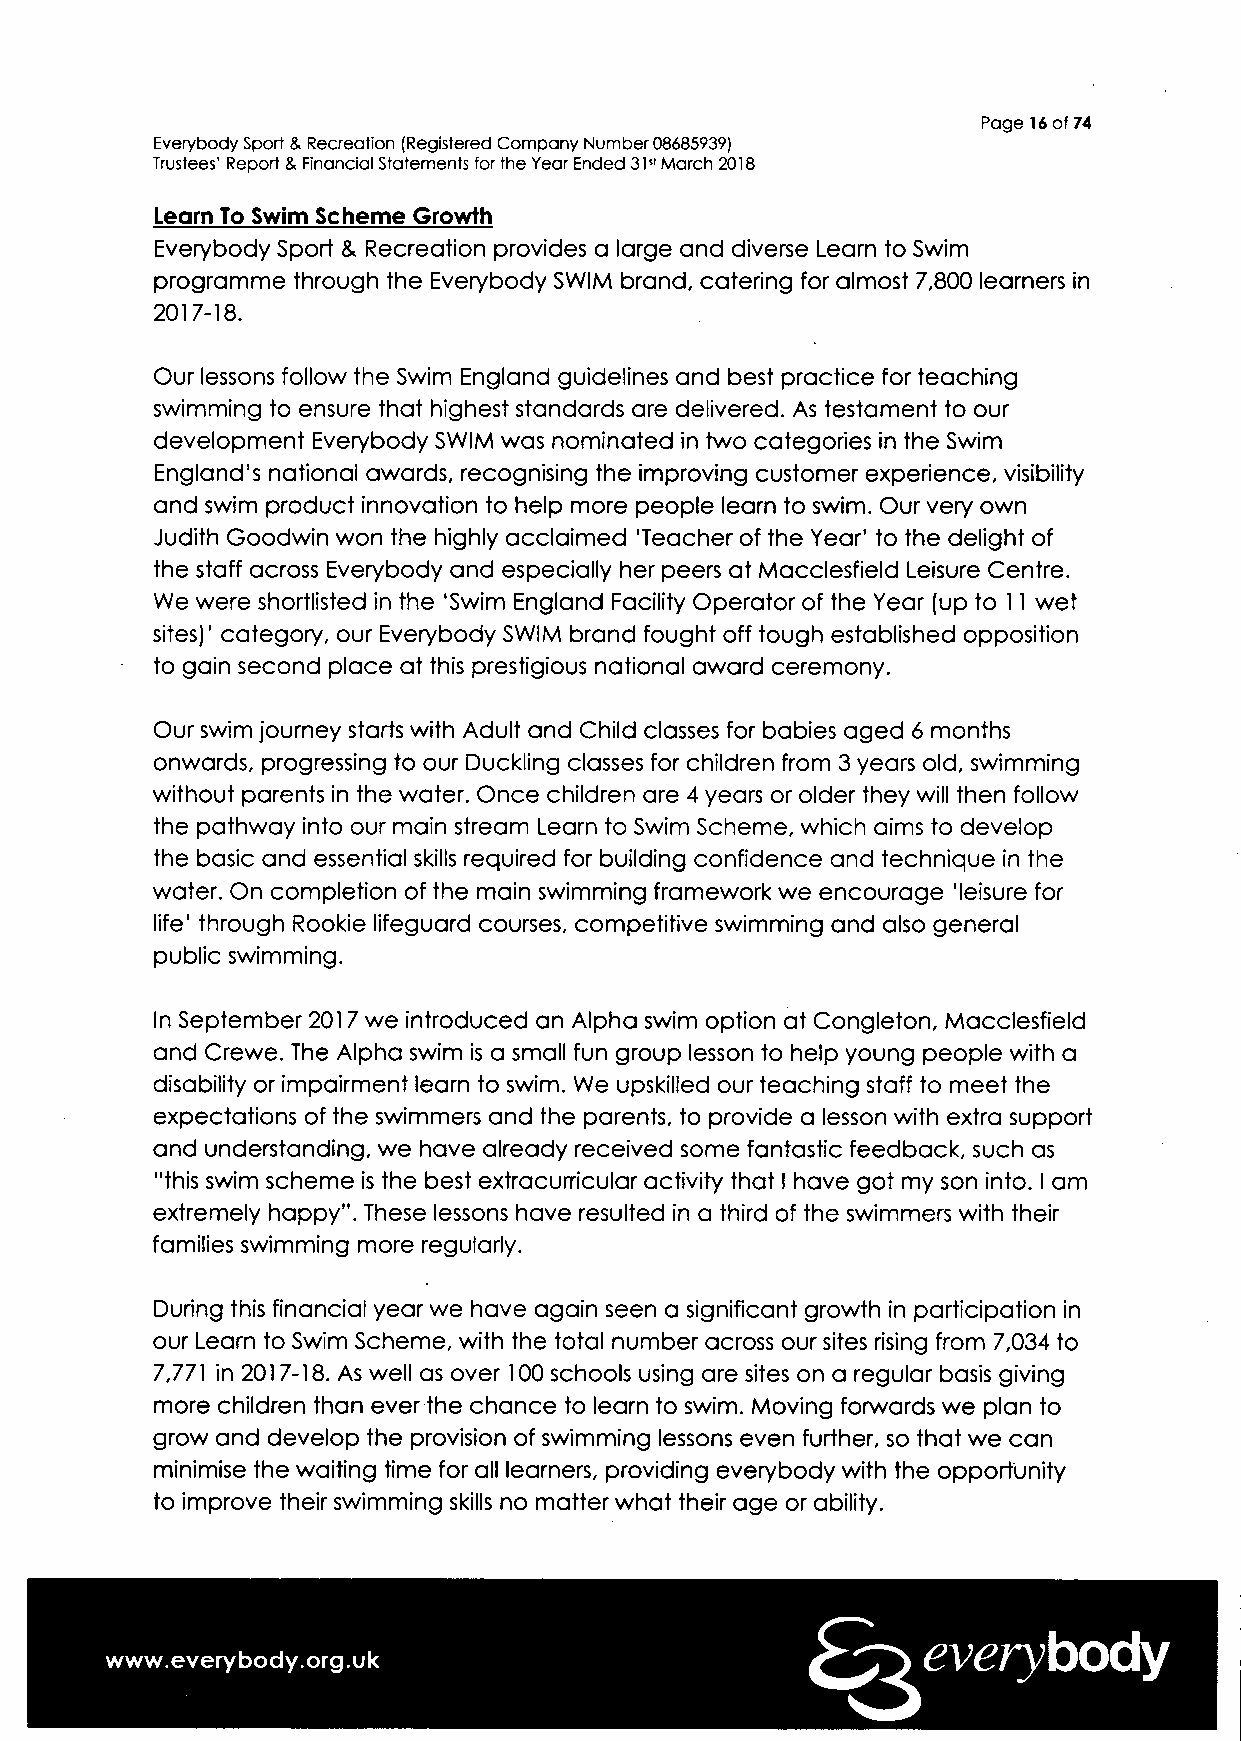
Page 16 of 74
 Everybody Sport & Recreation (Registered Company Number 08685939)
 Trustees' Report & Rnancial Statements for the Year Ended 31st March 2018
 Learn To Swim Scheme Growth
 Everybody Sport & Recreation provides a large and diverse Learn to Swim
 programme through the Everybody SWIM brand, catering for almost 7,800 learners in
 2017-18.
 Our lessons follow the Swim England guidelines and best practice for teaching
 swimming to ensure that highest standards are delivered. As testament to our
 development Everybody SWIM was nominated in two categories in the Swim
 England's national awards, recognising the improving customer experience, visibility
 and swim product innovation to help more people learn to swim. Our very own
 Judith Goodwin won the highly acclaimed 'Teacher of the Year' to the delight of
 the staff across Everybody and especially her peers at Macclesfield Leisure Centre.
 We were shortlisted in the 'Swim England Facility Operator of the Year (up to 11 wet
 sites)' category, our Everybody SWIM brand fought off tough established opposition
 to gain second place at this prestigious national award ceremony.
 Our swim journey starts with Adult and Child classes for babies aged 6 months
 onwards, progressing to our Duckling classes for children from 3 years old, swimming
 without parents in the water. Once children are 4 years or older they will then follow
 the pathway into our main stream Learn to Swim Scheme, which aims to develop
 the basic and essential skills required for building confidence and technique in the
 water. On completion of the main swimming framework we encourage 'leisure for
 life' through Rookie lifeguard courses, competitive swimming and also general
 public swimming.
 In September 2017 we introduced an Alpha swim option at Congleton, Macclesfield
 and Crewe. The Alpha swim is a small fun group lesson to help young people with a
 disability or impairment learn to swim. We upskilled our teaching staff to meet the
 expectations of the swimmers and the parents, to provide a lesson with extra support
 and understanding, we have already received some fantastic feedback, such as
 "this swim scheme is the best extracurricular activity that I have got my son into. I am
 extremely happy". These lessons have resulted in a third of the swimmers with their
 families swimming more regularly.
 During this financial year we have again seen a significant growth in participation in
 our Learn to Swim Scheme, with the total number across our sites rising from 7,034 to
 7,771 in 2017-18. As well as over 100 schools using are sites on a regular basis giving
 more children than ever the chance to learn to swim. Moving forwards we plan to
 grow and develop the provision of swimming lessons even further, so that we can
 minimise the waiting time for all learners, providing everybody with the opportunity
 to improve their swimming skills no matter what their age or ability.
 everybody
 www.everybody.org.uk